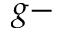
g -